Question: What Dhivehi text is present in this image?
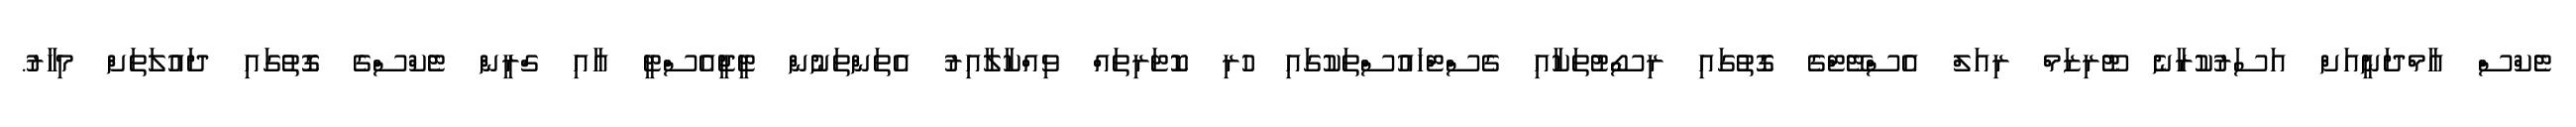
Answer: ޓެކްސް އާމްދަނީއަށް އަސަރުކުރާނެ ޓޫރިޒަމް ރިއަލް އެސްޓޭޓްގެ ގޮތުގައި ރިސޯޓުތަކާއި ގެސްޓްހައުސްތަކުގައި ހުރި ކޮޓަރިތައް ވިއްކާލާއިރު އެތަންތަނުން ޓީޖީއެސްޓީ އާއި ގްރީން ޓެކްސްގެ ގޮތުގައި ދައުލަތަށް މިހާރު.